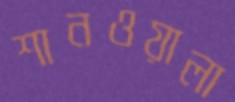
শানওয়ালা